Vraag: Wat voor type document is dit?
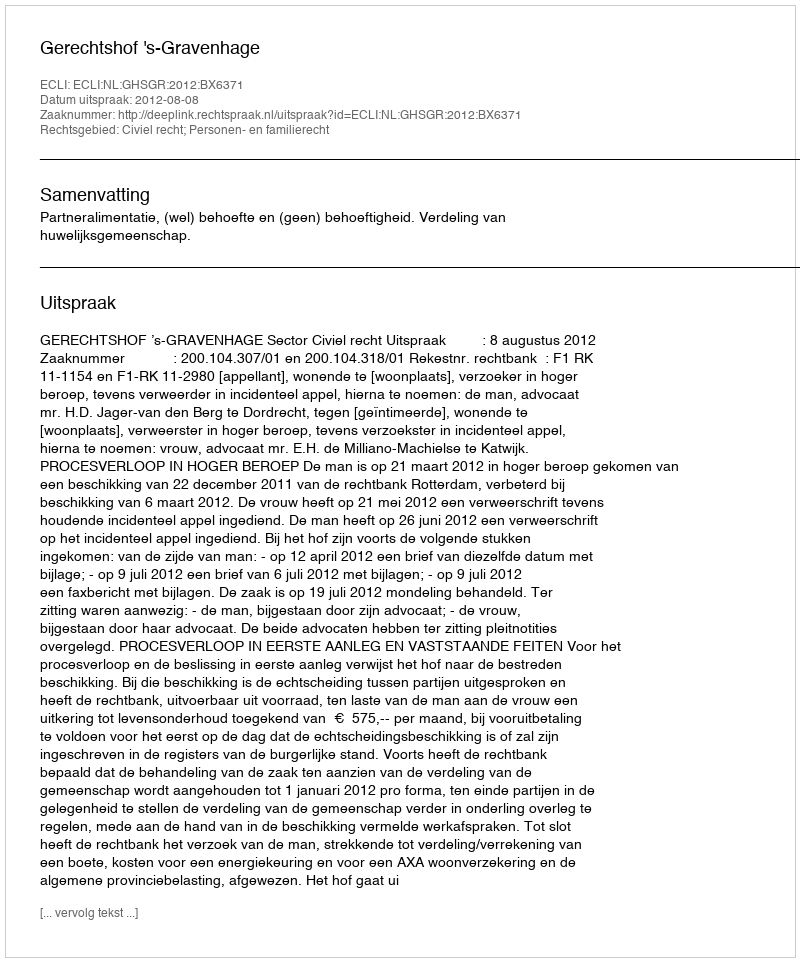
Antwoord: Uitspraak